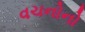
વચનોનો